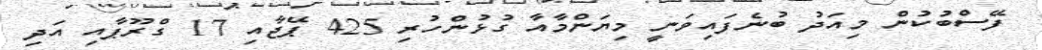
ފޭސްބުކުން މިއަދު ބުނެފައިވަނީ މިޔަންމާއާ ގުޅުންހުރި 425 ޕޭޖާއި 17 ގްރޫޕާއި އަދި